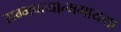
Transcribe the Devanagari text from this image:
सम्भवत्यात्ममायया